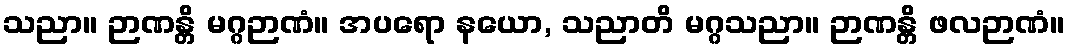
သညာ။ ဉာဏန္တိ မဂ္ဂဉာဏံ။ အပရော နယော, သညာတိ မဂ္ဂသညာ။ ဉာဏန္တိ ဖလဉာဏံ။